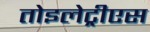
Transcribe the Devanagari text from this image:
तोइलेट्रीएस